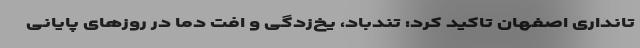
تانداری اصفهان تاکید کرد: تندباد، یخ‌زدگی و اُفت دما در روزهای پایانی